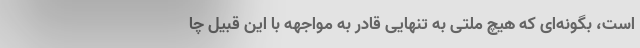
است، بگونه‌ای که هیچ ملتی به تنهایی قادر به مواجهه با این قبیل چا